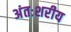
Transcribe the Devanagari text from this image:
अंतःशरीय